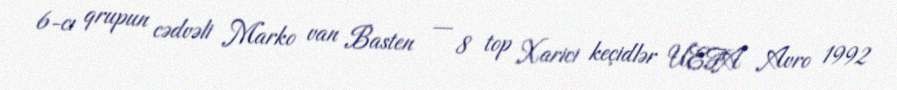
6-cı qrupun cədvəli Marko van Basten — 8 top Xarici keçidlər UEFA Avro 1992